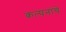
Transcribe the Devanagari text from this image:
कल्‍पनांचे